Scottish Leaving Certificate Examination, 1955
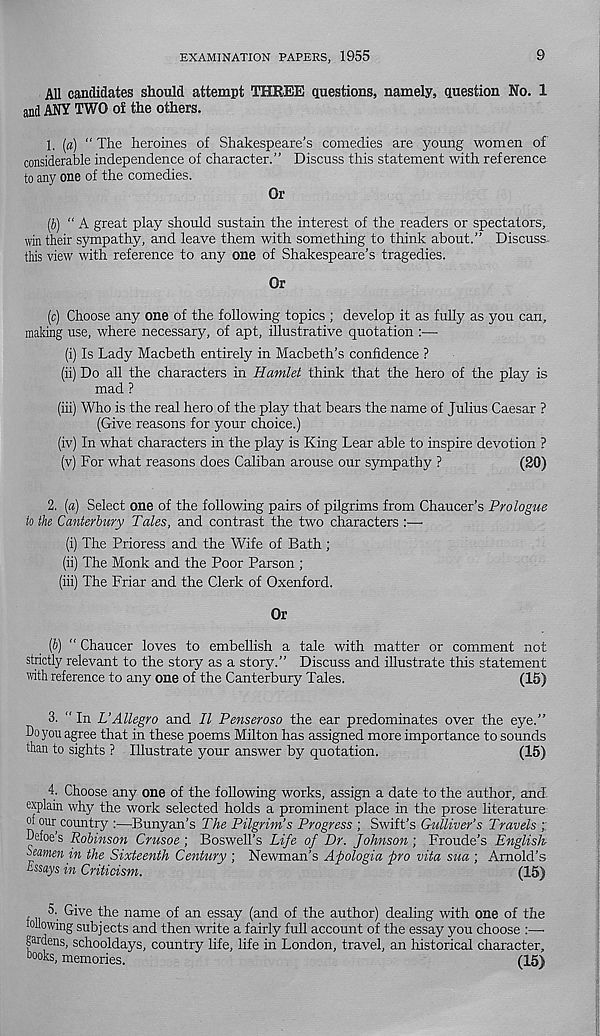
EXAMINATION PAPERS, 1955
9
All candidates should attempt THREE questions, namely, question No. 1
and ANY TWO of the others.
1.
id) “ The heroines of Shakespeare’s comedies are young wo
considerable independence of character.” Discuss this statement with reference
to any one of the comedies.
Or
(6) “A great play should sustain the interest of the readers or spectators,
win their sympathy, and leave them with something to think about.” Discuss,
this view with reference to any one of Shakespeare’s tragedies.
Or
(c) Choose any one of the following topics ; develop it as fully as you can,
making use, where necessary, of apt, illustrative quotation :—
(i) Is Lady Macbeth entirely in Macbeth’s confidence ?
(ii) Do all the characters in Hamlet think that the hero of the play is
mad ?
(iii) Who is the real hero of the play that bears the name of Julius Caesar ?
(Give reasons for your choice.)
(iv) In what characters in the play is King Lear able to inspire devotion ?
(v) For what reasons does Caliban arouse our sympathy ?
(20)
2. [a) Select one of the following pairs of pilgrims from Chaucer’s Prologue
to the Canterbury Tales, and contrast the two characters :—
(i) The Prioress and the Wife of Bath;
(ii) The Monk and the Poor Parson ;
(iii) The Friar and the Clerk of Oxenford.
Or
(b) “ Chaucer loves to embellish a tale with matter or comment not
strictly relevant to the story as a story.” Discuss and illustrate this statement
with reference to any one of the Canterbury Tales.
(15)
3. “ In L’Allegro and II Penseroso the ear predominates over the eye.”
Do you agree that in these poems Milton has assigned more importance to sounds
than to sights ? Illustrate your answer by quotation.
(15)
4. Choose any one of the following works, assign a date to the author, and
explain why the work selected holds a prominent place in the prose literature
of our country :—Bunyan’s The Pilgrim’s Progress ; Swift’s Gulliver’s Travels ;;
Defoe’s Robinson Crusoe ; Boswell’s Life of Dr. Johnson; Fronde’s English
Seamen in the Sixteenth Century ; Newman’s Apologia pro vita sua ; Arnold’s
Essays in Criticism.
(15)
5. Give the name of an essay (and of the author) dealing with one of the
iollowing subjects and then write a fairly full account of the essay you choose :—•
gardens, schooldays, country life, life in London, travel, an historical character,
rooks, memories.
(15)